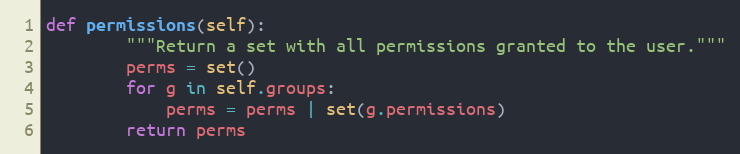
Language: Python
def permissions(self):
        """Return a set with all permissions granted to the user."""
        perms = set()
        for g in self.groups:
            perms = perms | set(g.permissions)
        return perms